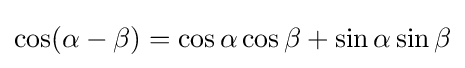
\cos(\alpha -\beta )=\cos \alpha \cos \beta +\sin \alpha \sin \beta